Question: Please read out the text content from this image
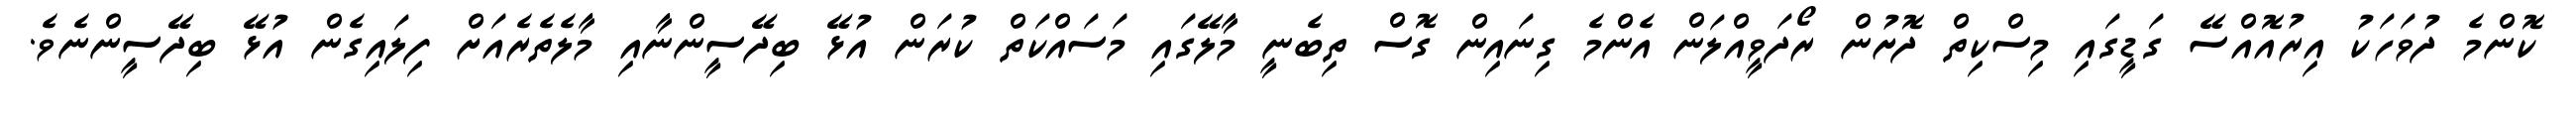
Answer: ކޮންމެ ދުވަހަކު އިރުއޮއްސޭ ގަޑީގައި މިސްކިތް ދޮށުން ރޯދަވީއްލަން އެންމެ ގިނައިން ގޮސް ތިބެނީ މާލޭގައި މަސައްކަތް ކުރަން އުޅޭ ބިދޭސީންނާއި މާލެތެރެއަށް ފިލައިގެން އުޅޭ ބިދޭސީންނެވެ.